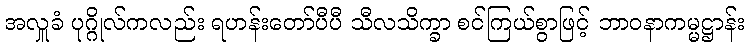
အလှူခံ ပုဂ္ဂိုလ်ကလည်း ရဟန်းတော်ပီပီ သီလသိက္ခာ စင်ကြယ်စွာဖြင့် ဘာဝနာကမ္မဋ္ဌာန်း